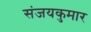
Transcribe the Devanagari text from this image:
संजयकुमार